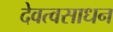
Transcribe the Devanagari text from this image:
देवत्वसाधन